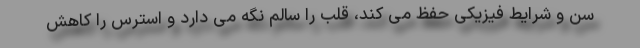
سن و شرایط فیزیکی حفظ می کند، قلب را سالم نگه می دارد و استرس را کاهش